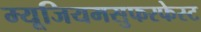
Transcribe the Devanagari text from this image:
म्यूजियमसुफरफेस्ट